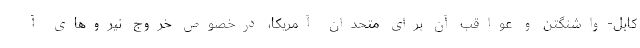
کابل-واشنگتن و عواقب آن برای متحدان آمریکا، درخصوص خروج نیروهای آ